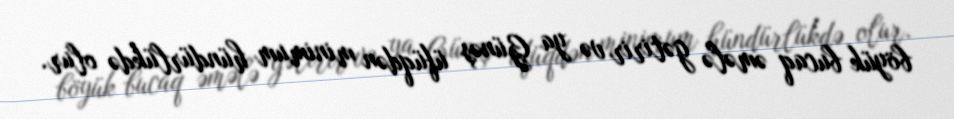
böyük bucaq əmələ gətirir və ya Günəş üfüqdən minimum hündürlükdə olur.